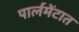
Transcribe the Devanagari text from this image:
पार्लमेंटात